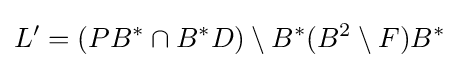
L'=(PB^{*}\cap B^{*}D)\setminus B^{*}(B^{2}\setminus F)B^{*}